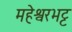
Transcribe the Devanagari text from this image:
महेश्वरभट्ट